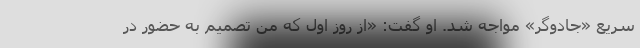
سریع «جادوگر» مواجه شد. او گفت: «از روز اول که من تصمیم به حضور در